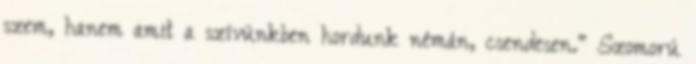
szem, hanem amit a szívünkben hordunk némán, csendesen.“ Szomorú